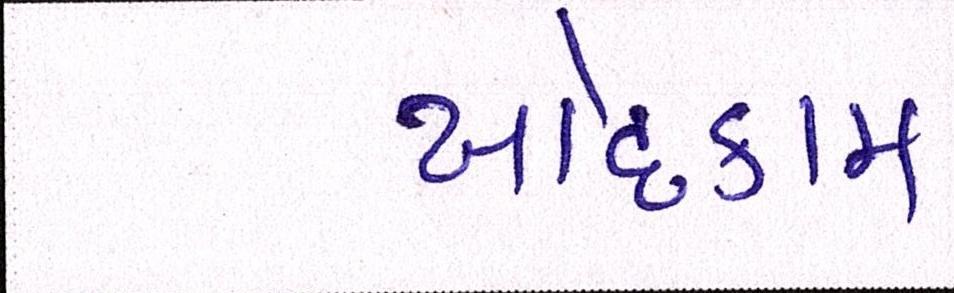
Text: ખોદકામ